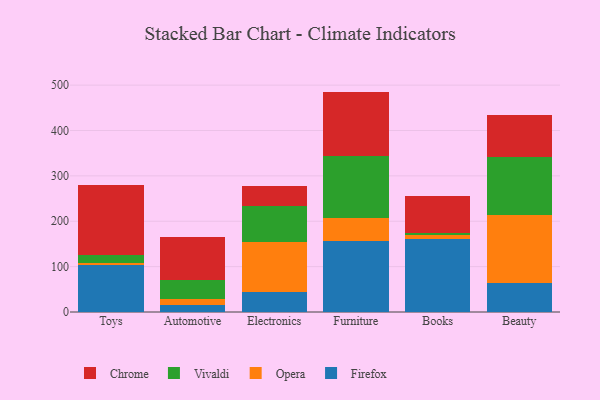
{"axis": {"x": "Category", "y": "Humidity (%)"}, "legend": ["Chrome", "Firefox", "Opera", "Vivaldi"], "data": [{"x": "Toys", "y": 103.1, "type": "Firefox"}, {"x": "Toys", "y": 5.4, "type": "Opera"}, {"x": "Toys", "y": 17.9, "type": "Vivaldi"}, {"x": "Toys", "y": 153.0, "type": "Chrome"}, {"x": "Automotive", "y": 16.5, "type": "Firefox"}, {"x": "Automotive", "y": 11.4, "type": "Opera"}, {"x": "Automotive", "y": 41.6, "type": "Vivaldi"}, {"x": "Automotive", "y": 94.8, "type": "Chrome"}, {"x": "Electronics", "y": 44.6, "type": "Firefox"}, {"x": "Electronics", "y": 108.9, "type": "Opera"}, {"x": "Electronics", "y": 79.4, "type": "Vivaldi"}, {"x": "Electronics", "y": 45.7, "type": "Chrome"}, {"x": "Furniture", "y": 156.1, "type": "Firefox"}, {"x": "Furniture", "y": 50.9, "type": "Opera"}, {"x": "Furniture", "y": 137.1, "type": "Vivaldi"}, {"x": "Furniture", "y": 141.6, "type": "Chrome"}, {"x": "Books", "y": 161.5, "type": "Firefox"}, {"x": "Books", "y": 7.2, "type": "Opera"}, {"x": "Books", "y": 6.5, "type": "Vivaldi"}, {"x": "Books", "y": 80.9, "type": "Chrome"}, {"x": "Beauty", "y": 64.5, "type": "Firefox"}, {"x": "Beauty", "y": 150.2, "type": "Opera"}, {"x": "Beauty", "y": 126.3, "type": "Vivaldi"}, {"x": "Beauty", "y": 92.1, "type": "Chrome"}]}